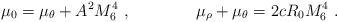
LaTeX: \begin{align*}\mu_0=\mu_\theta+A^2M_6^4\ , \qquad\qquad \mu_\rho+\mu_\theta= 2 c R_0M_6^4\ .\end{align*}